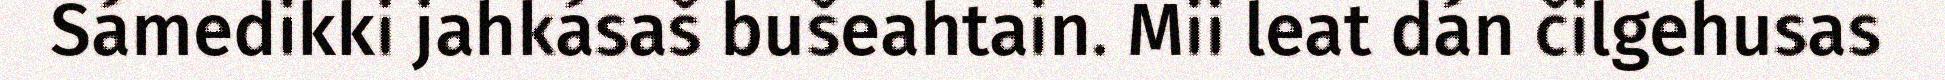
Sámedikki jahkásaš bušeahtain. Mii leat dán čilgehusas